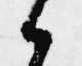
候